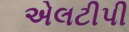
એલટીપી